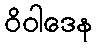
ဝိဝါဒေန